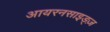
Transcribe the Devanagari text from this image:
आयरनसाइड्ज़